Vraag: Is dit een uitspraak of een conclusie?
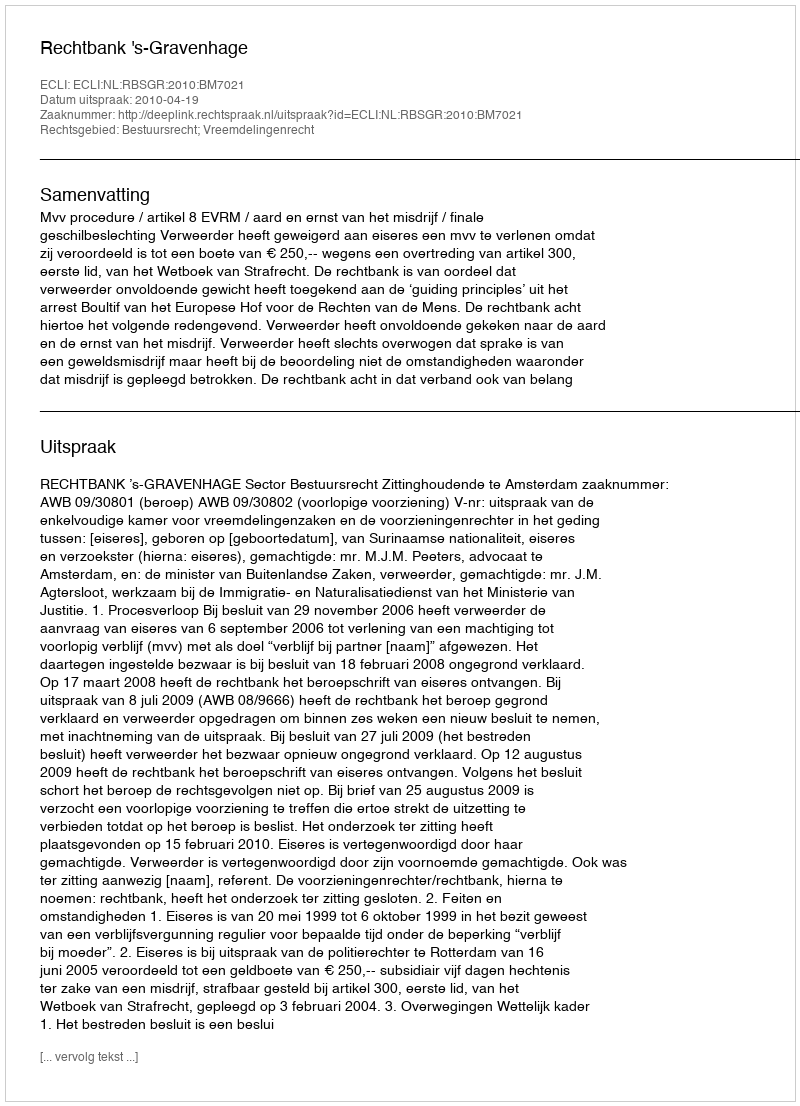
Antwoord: Uitspraak